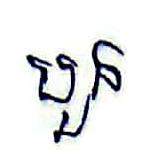
បួន